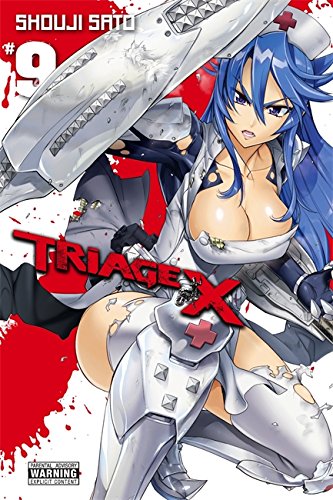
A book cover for Triage X, Vol. 9; Comics & Graphic Novels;